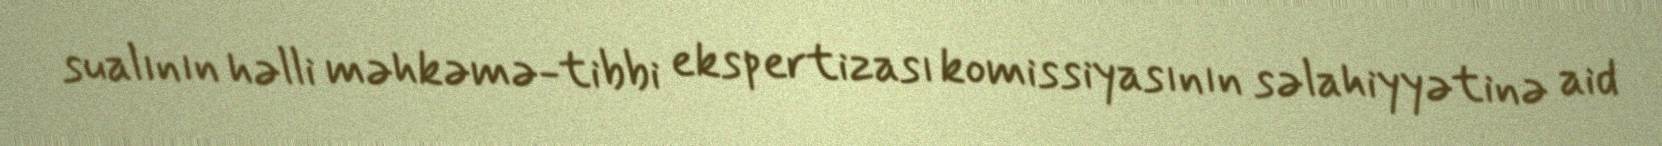
sualının həlli məhkəmə-tibbi ekspertizası komissiyasının səlahiyyətinə aid